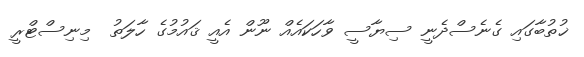
ޚުތުބާގައި ގެނެސްދެނީ ސިޔާސީ ވާހަކައެއް ނޫން އެއީ ޤައުމުގެ ހާލަތު  މިނިސްޓްރީ